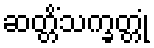
ဆတ္တိံသက္ခတ္တုံ